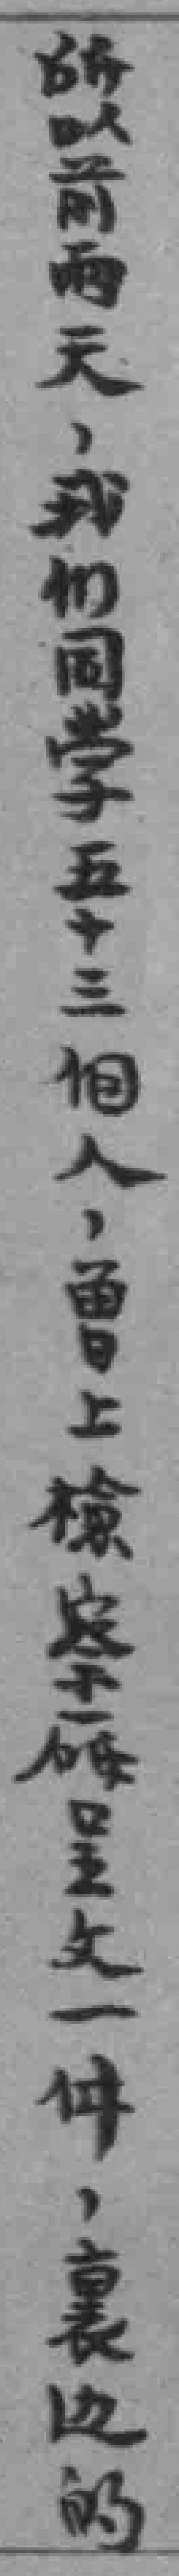
所以前两天，我们同学子五十三個人，曾上檢察廰呈文一件，裏边的